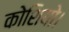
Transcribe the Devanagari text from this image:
कोशियो।